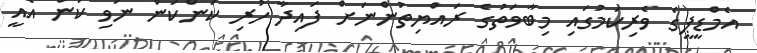
އެމްޑީޕީގެ ވެރިކަމުގައި މިބާވަތުގެ ރައްޔިތުންނަށް ފައިދާ ހުރި ކަންކަން ނުވި ކަން އެެއީ